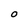
Character: 0